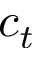
c _ { t }